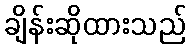
ချိန်းဆိုထားသည်